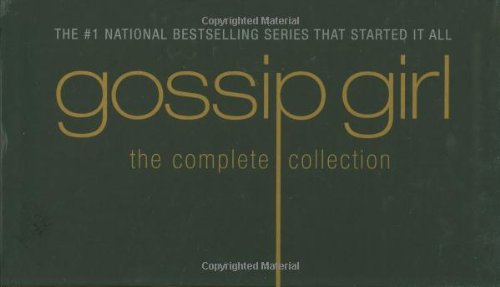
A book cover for Gossip Girl: The Complete Collection, box set; Cecily von Ziegesar; Teen & Young Adult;